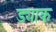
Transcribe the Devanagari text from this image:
ड्याक